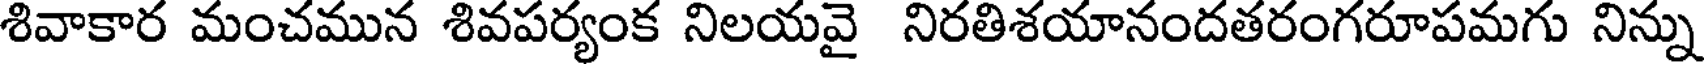
శివాకార మంచమున శివపర్యంక నిలయవై నిరతిశయానందతరంగరూపమగు నిన్ను